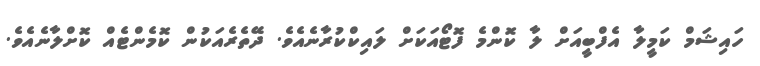
ހައިޝަމް ކަމީލާ އެފްބީއަށް ލާ ކޮންމެ ފޮޓޯއަކަށް ލައިކްކުރާނެއެވެ. ދޭތެރެއަކުން ކޮމެންޓެއް ކޮށްލާނެއެވެ.